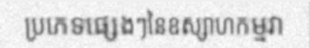
ប្រភេទផ្សេងៗនៃឧស្សាហកម្មវា